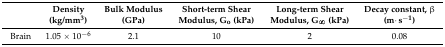
<table><thead><tr><td></td><td><b>Density (kg/mm<sup>3</sup>)</b></td><td><b>Bulk Modulus (GPa)</b></td><td><b>Short-term Shear Modulus, G<sub>o</sub> (kPa)</b></td><td><b>Long-term Shear Modulus, G<sub>∞</sub> (kPa)</b></td><td><b>Decay constant, β (m·s<sup>−1</sup>)</b></td></tr></thead><tbody><tr><td>Brain</td><td>1.05 × 10<sup>−6</sup></td><td>2.1</td><td>10</td><td>2</td><td>0.08</td></tr></tbody></table>